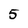
Character: 5